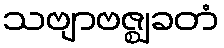
သဗျာဗဇ္ဈခတံ